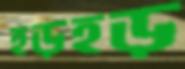
হড়হড়